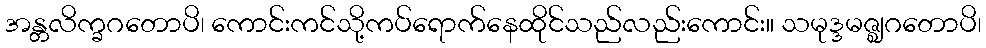
အန္တလိက္ခဂတောပိ၊ ကောင်းကင်သို့ကပ်ရောက်နေထိုင်သည်လည်းကောင်း။ သမုဒ္ဒမဇ္ဈဂတောပိ၊